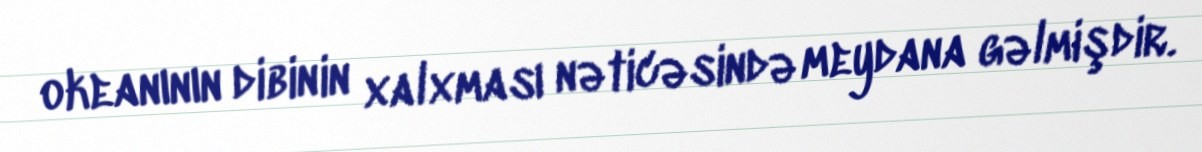
okeanının dibinin xalxması nəticəsində meydana gəlmişdir.